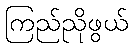
ကြည်ညိုဖွယ်